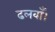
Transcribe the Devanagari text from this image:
ढलवाँ।